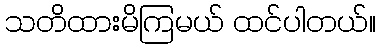
သတိထားမိကြမယ် ထင်ပါတယ်။